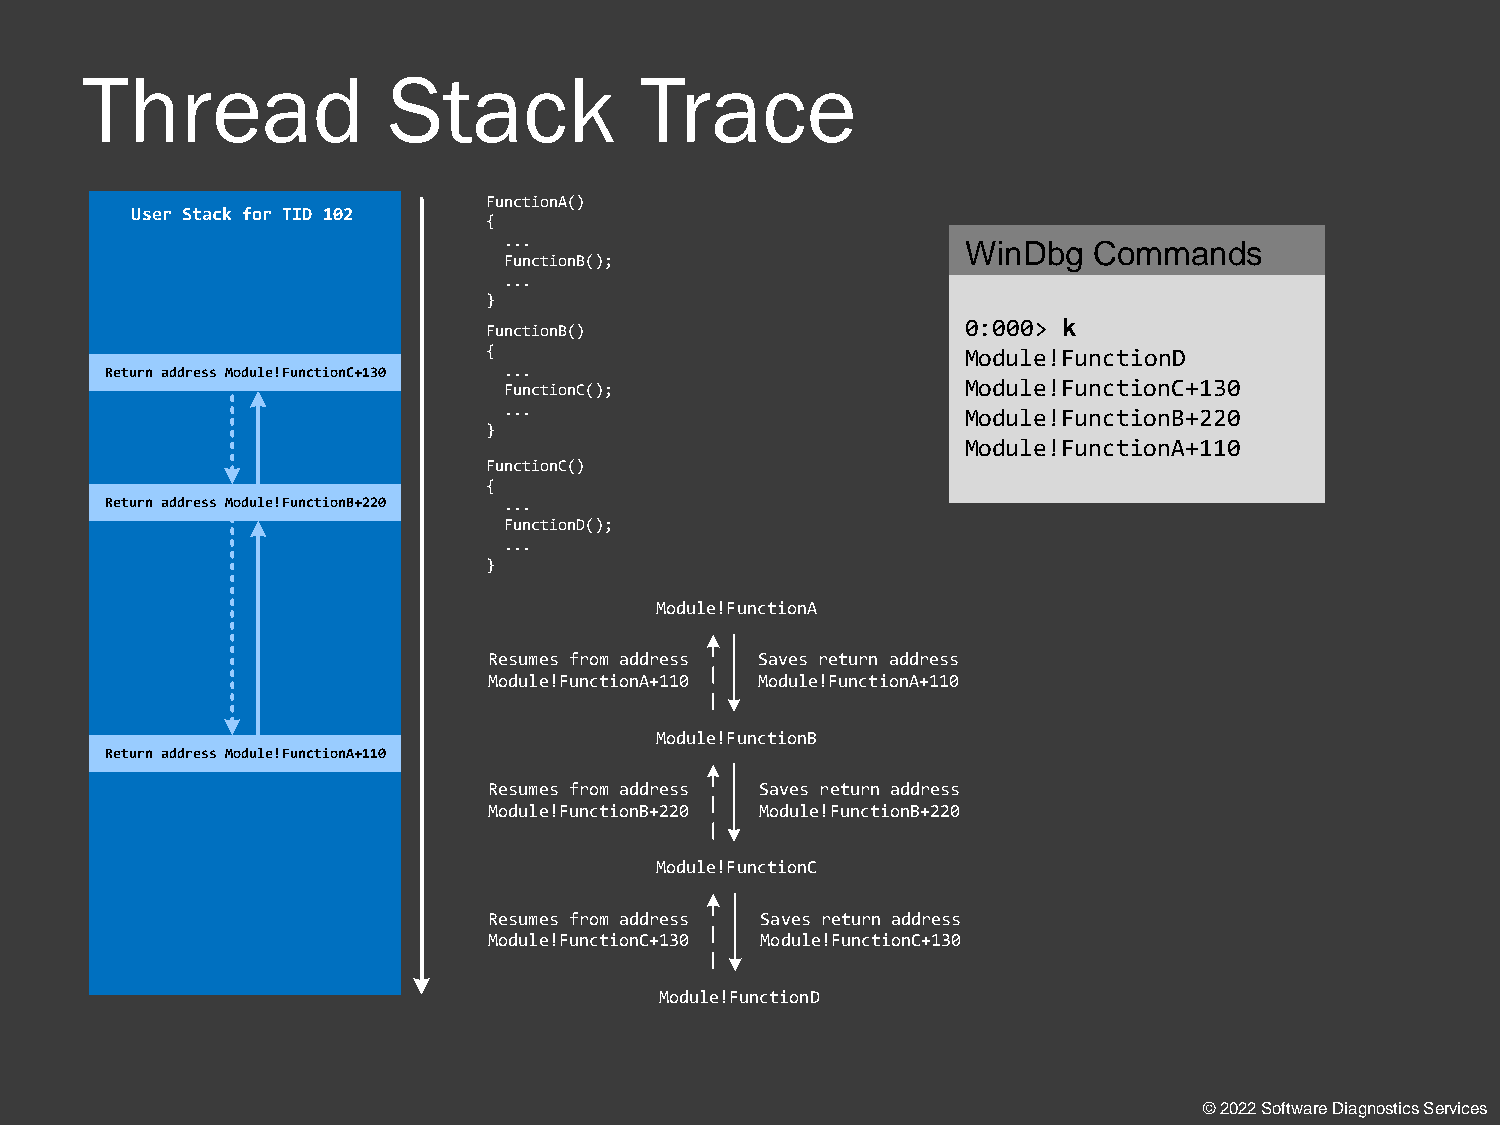
Thread               Stack           Trace
 FunctionA()
 User Stack for TID 102
 {
 ...                            WinDbg  Commands
 FunctionB();
 ...
 }
 FunctionB()                     0:000> k
 {                               Module!FunctionD
 Return address Module!FunctionC+130 ...
 FunctionC();                   Module!FunctionC+130
 ...                            Module!FunctionB+220
 }
 Module!FunctionA+110
 FunctionC()
 {
 Return address Module!FunctionB+220 ...
 FunctionD();
 ...
 }
 Module!FunctionA
 Resumes from address Saves return address
 Module!FunctionA+110 Module!FunctionA+110
 Module!FunctionB
 Return address Module!FunctionA+110
 Resumes from address Saves return address
 Module!FunctionB+220 Module!FunctionB+220
 Module!FunctionC
 Resumes from address Saves return address
 Module!FunctionC+130 Module!FunctionC+130
 Module!FunctionD
 © 2022 Software Diagnostics Services